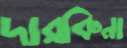
দারকিনা